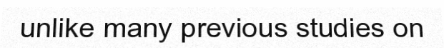
unlike many previous studies on